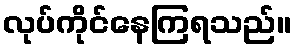
လုပ်ကိုင်နေကြရသည်။